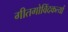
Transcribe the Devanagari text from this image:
गीतगोविंदकर्त्या